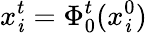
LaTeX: x_{\mathit{i}}^{t}=\Phi_{0}^{t}(x_{\mathit{i}}^{0})